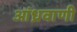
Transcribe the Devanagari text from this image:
आंध्रवाणी